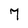
Character: 7